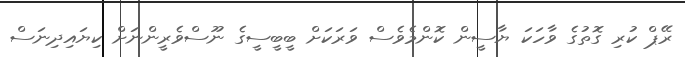
ރޭޕް ކުރި ގޮތުގެ ވާހަކަ ޔާސީން ކޮންމެވެސް ވަރަކަށް ބީބީސީގެ ނޫސްވެރީންނަށް ކިޔައިދިނަސް